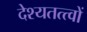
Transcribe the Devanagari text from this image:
देश्यतत्त्वों